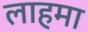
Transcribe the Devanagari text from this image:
लाहमा